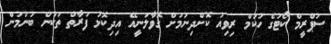
ސުޕްރީމް ކޯޓުގެ ހުކުމް ރިވިއު ކޮށްދިނުމަށް ގޮވާލަަނީއޭ އިދިކޮޅު ފަރާތް ތަކުން ބުނުމުން